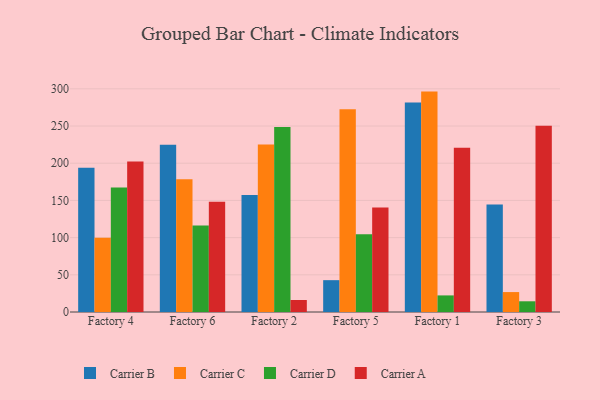
{"axis": {"x": "Factory", "y": "Website Visitors"}, "legend": ["Carrier A", "Carrier B", "Carrier C", "Carrier D"], "data": [{"x": "Factory 4", "y": 193.9, "type": "Carrier B"}, {"x": "Factory 4", "y": 99.9, "type": "Carrier C"}, {"x": "Factory 4", "y": 167.4, "type": "Carrier D"}, {"x": "Factory 4", "y": 202.4, "type": "Carrier A"}, {"x": "Factory 6", "y": 225.0, "type": "Carrier B"}, {"x": "Factory 6", "y": 178.6, "type": "Carrier C"}, {"x": "Factory 6", "y": 116.4, "type": "Carrier D"}, {"x": "Factory 6", "y": 148.3, "type": "Carrier A"}, {"x": "Factory 2", "y": 157.2, "type": "Carrier B"}, {"x": "Factory 2", "y": 225.2, "type": "Carrier C"}, {"x": "Factory 2", "y": 248.8, "type": "Carrier D"}, {"x": "Factory 2", "y": 16.1, "type": "Carrier A"}, {"x": "Factory 5", "y": 42.8, "type": "Carrier B"}, {"x": "Factory 5", "y": 272.6, "type": "Carrier C"}, {"x": "Factory 5", "y": 104.4, "type": "Carrier D"}, {"x": "Factory 5", "y": 140.5, "type": "Carrier A"}, {"x": "Factory 1", "y": 281.6, "type": "Carrier B"}, {"x": "Factory 1", "y": 296.3, "type": "Carrier C"}, {"x": "Factory 1", "y": 22.3, "type": "Carrier D"}, {"x": "Factory 1", "y": 220.7, "type": "Carrier A"}, {"x": "Factory 3", "y": 144.5, "type": "Carrier B"}, {"x": "Factory 3", "y": 26.8, "type": "Carrier C"}, {"x": "Factory 3", "y": 14.4, "type": "Carrier D"}, {"x": "Factory 3", "y": 250.5, "type": "Carrier A"}]}